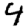
Digit: 4